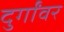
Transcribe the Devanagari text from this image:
दुर्गांवर